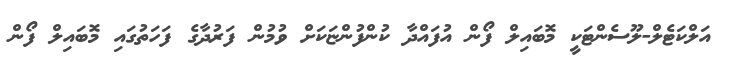
އަލްކަޓެލް-ލޫސެެންޓަކީ މޮބައިލް ފޯން އުފައްދާ ކުންފުންޏަކަށް ވުމުން ފަރުދާގެ ފަހަތުގައި މޮބައިލް ފޯން